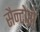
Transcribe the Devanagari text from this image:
सैन्टोरो